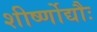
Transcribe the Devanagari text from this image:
शीर्ष्णोद्यौः